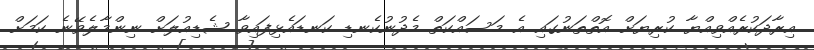
އިރާދަކުރެއްވިއްޔާ ކުރިޔަށް އޮތްތަނުގައި އެ މަސައްކަތް މެދުނުކެނޑި ކަނޑައެޅިފައިވާ ޝެޑިއުލަށް ނިންމާލެވޭނެ ކަމަށް